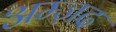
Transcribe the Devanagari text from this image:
अम्ज़द